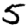
Digit: 5